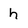
Character: h